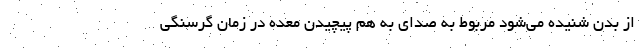
از بدن شنیده می‌شود مربوط به صدای به هم پیچیدن معده در زمان گرسنگی